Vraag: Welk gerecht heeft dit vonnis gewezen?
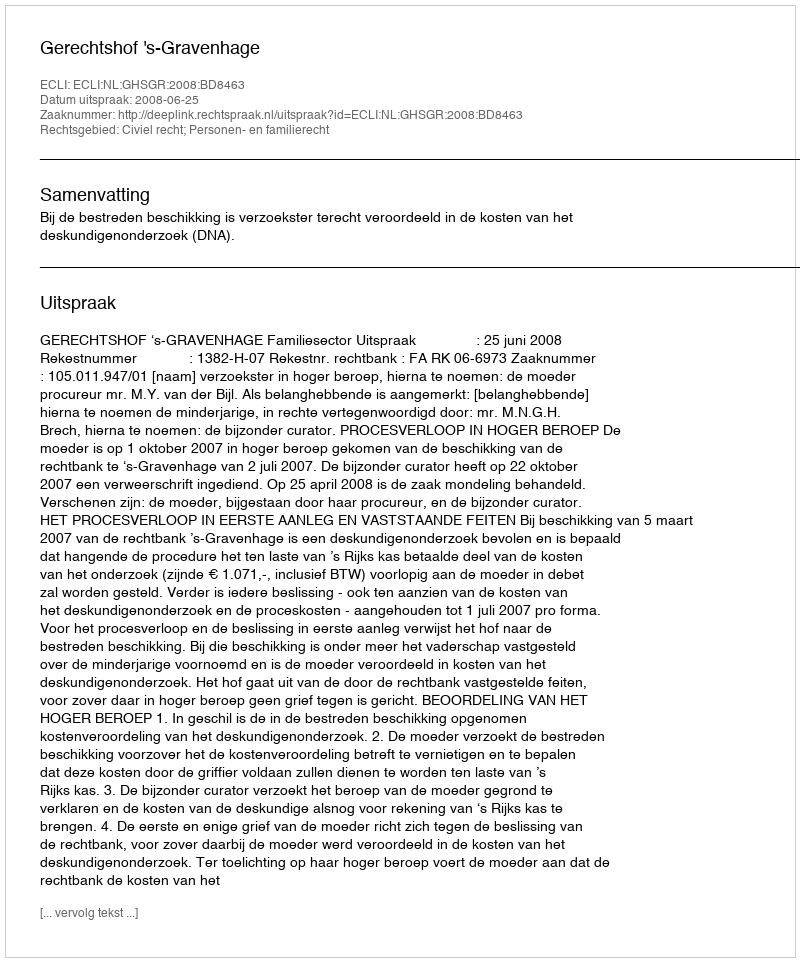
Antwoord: Gerechtshof 's-Gravenhage